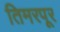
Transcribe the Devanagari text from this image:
तिमरपूर